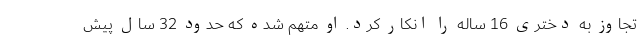
تجاوز به دختری 16 ساله را انکار کرد. او متهم شده که حدود 32 سال پیش